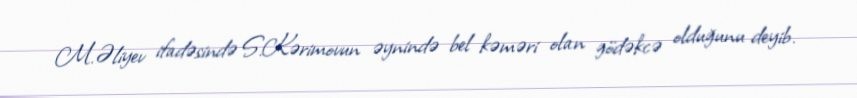
M.Əliyev ifadəsində S.Kərimovun əynində bel kəməri olan gödəkcə olduğunu deyib.